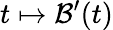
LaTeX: t\mapsto\mathcal{B}^{\prime}(t)